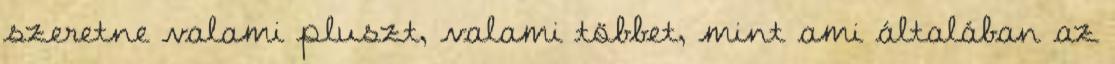
szeretne valami pluszt, valami többet, mint ami általában az